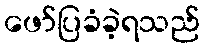
ဖော်ပြခံခဲ့ရသည်